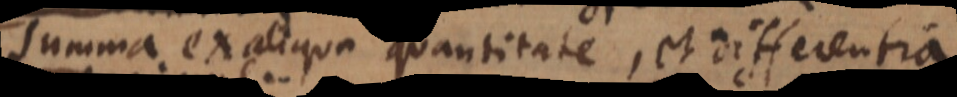
Summa ex aliqua quantitate, et differentia